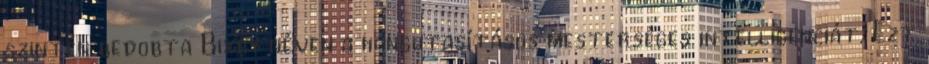
szintén bedobta Bixby néven a hangutasításos mesterséges intelligenciát. Ezt